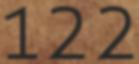
122